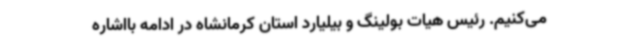
می‌کنیم. رئیس هیات بولینگ و بیلیارد استان کرمانشاه در ادامه بااشاره